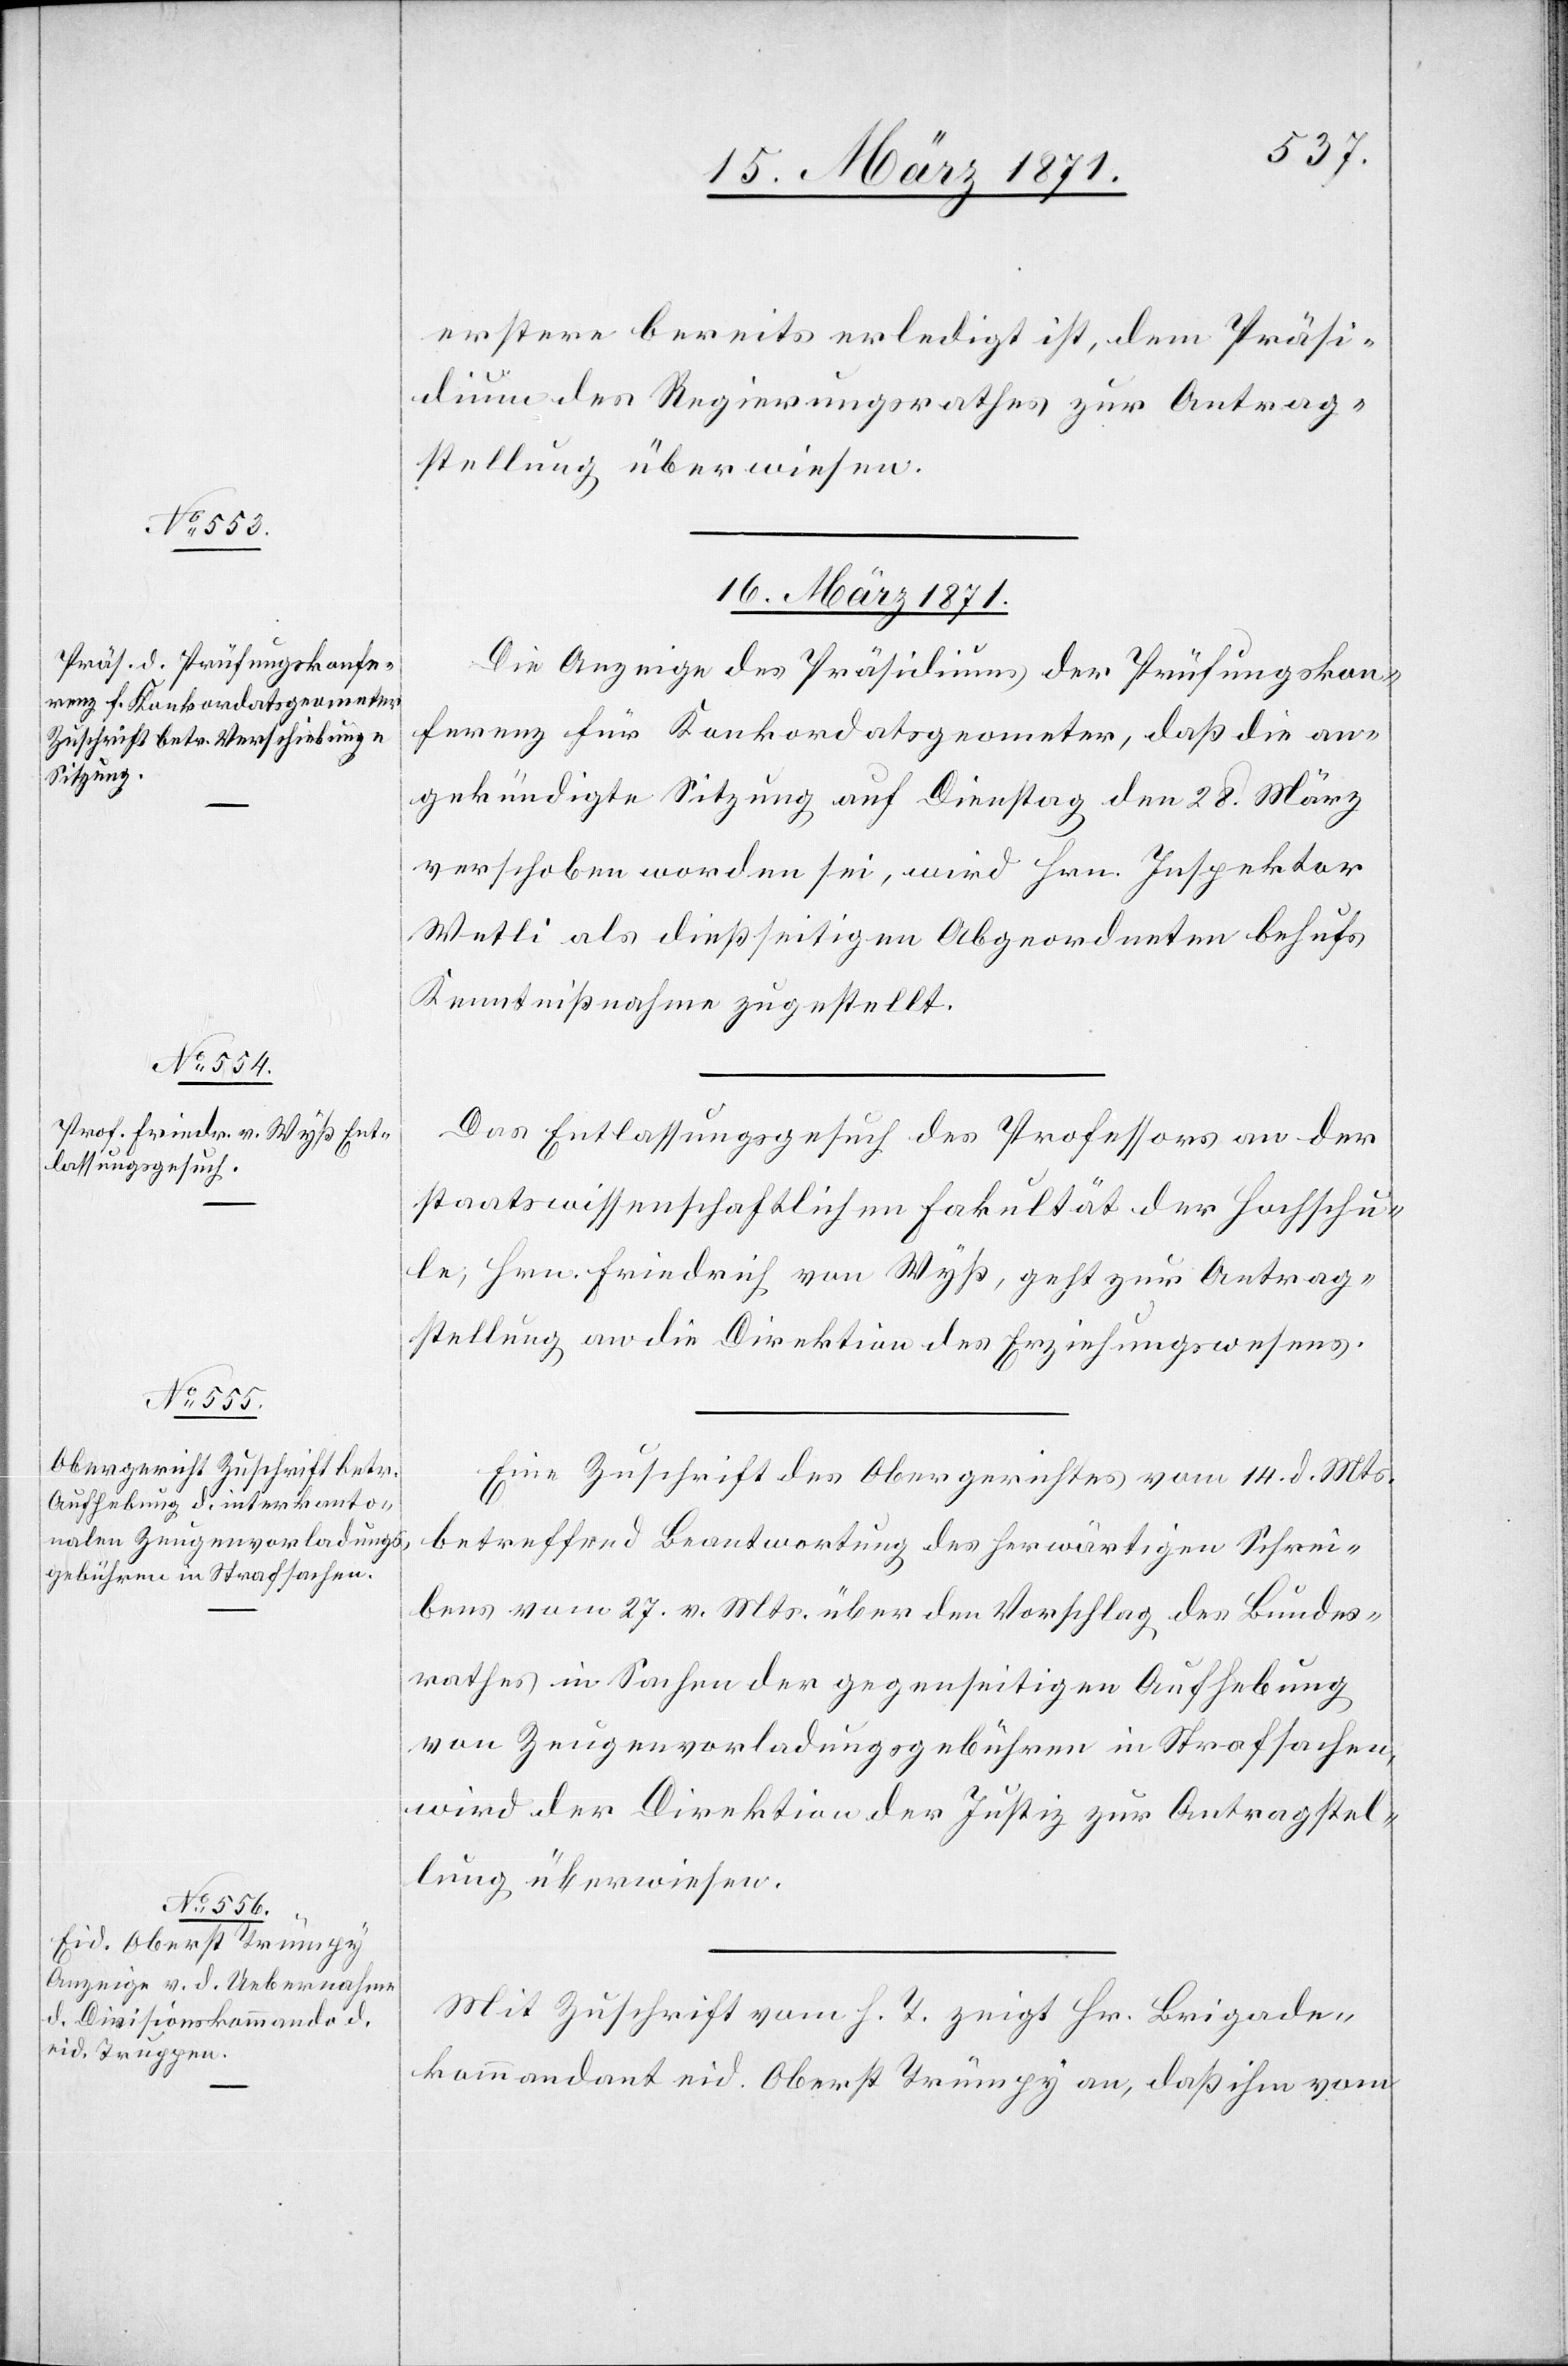
erstere bereits erledigt ist, dem Präsi¬
dium des Regierungsrathes zur Antrag¬
stellung überwiesen.
16. März 1871.]
Die Anzeige des Präsidiums der Prüfungskon¬
ferenz für Konkordatsgeometer, daß die an¬
gekündigte Sitzung auf Dienstag den 28. März
verschoben worden sei, wird Hrn. Inspektor
Wetli als dießseitigen Abgeordneten behufs
Kenntnißnahme zugestellt.
Das Entlassungsgesuch des Professors an der
staatswissenschaftlichen Fakultät der Hochschu¬
le, Hrn. Friedrich von Wyß, geht zur Antrag¬
stellung an die Direktion des Erziehungswesens.
Eine Zuschrift des Obergerichtes vom 14. d. Mts.
betreffend Beantwortung des herwärtigen Schrei¬
bens vom 27. v. Mts. über den Vorschlag des Bundes¬
rathes in Sachen der gegenseitigen Aufhebung
von Zeugenvorladungsgebühren in Strafsachen,
wird der Direktion der Justiz zur Antragstel¬
lung überwiesen.
Mit Zuschrift vom h. T. zeigt Hr. Brigade¬
kommandant eid. Oberst Trümpy an, daß ihm vom